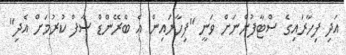
އަދި ފިހާރައިގެ ސްޓާފުންނަށް ވަނީ "ފިހާރައިން އެ ބްރޭންޑް ސާފް ކުރުމަށް އެދި"